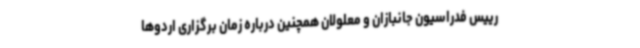
رییس فدراسیون جانبازان و معلولان همچنین درباره زمان برگزاری اردوها